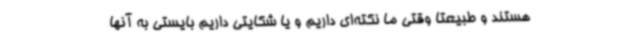
هستند و طبیعتا وقتی ما نکته‌ای داریم و یا شکایتی داریم بایستی به آنها